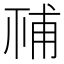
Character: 𥙳